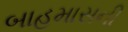
બાહમાસની